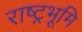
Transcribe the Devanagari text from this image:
राष्ट्रभूमि